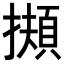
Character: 𢶄